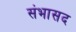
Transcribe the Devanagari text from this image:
संभासद